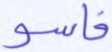
فاسو